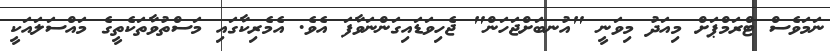
ނަމަވެސް ޓްރަމްޕަށް މިއަދު މިވަނީ "އުނބަށްޖަހަން" ޖެހިވަޑައިގަންނަވާފަ އެވެ. އެމެރިކާގައި މަސްތުވާތަކެތީގެ މައްސަލައަކީ